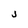
Character: j